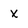
Character: x